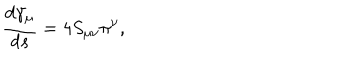
\frac { d \gamma _ { \mu } } { d s } = 4 S _ { \mu \nu } \pi ^ { \nu } ,